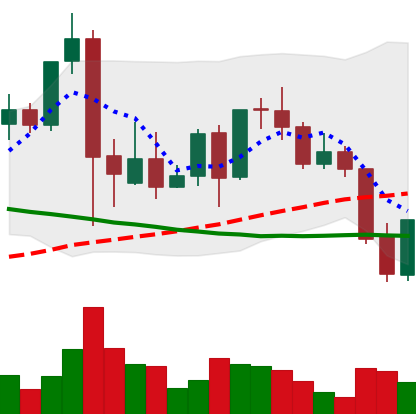
Ticker: LINK-USD
Chart end date: 2021-09-22
Forward return: -5.825%
Label: down_5_7